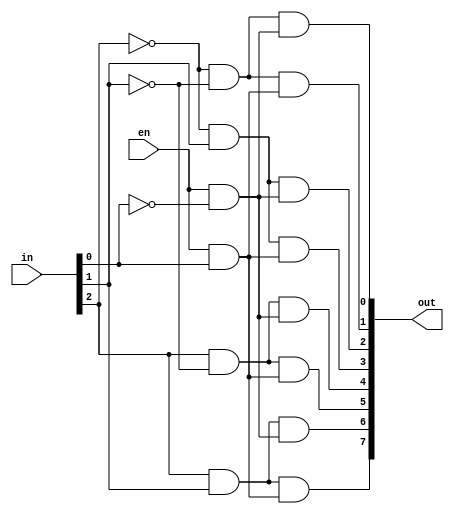
//Decoder 3-to-8
module Decoder3to8(in,out,en);
input [2:0] in;
input en;
output [7:0] out;
wire n0,n1,n2;
wire en0p,en0n;
wire n2n1,n2p1,p2n1,p2p1;

not(n0,in[0]);
not(n1,in[1]);
not(n2,in[2]);
and(en0p,en,in[0]);
and(en0n,en,n0);
and(n2n1,n2,n1);
and(n2p1,n2,in[1]);
and(p2n1,in[2],n1);
and(p2p1,in[2],in[1]);

and(out[0],n2n1,en0n);
and(out[1],n2n1,en0p);
and(out[2],n2p1,en0n);
and(out[3],n2p1,en0p);
and(out[4],p2n1,en0n);
and(out[5],p2n1,en0p);
and(out[6],p2p1,en0n);
and(out[7],p2p1,en0p);

endmodule